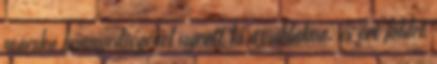
macska könnyedségével ugrott ki az ablakon, és ért földet